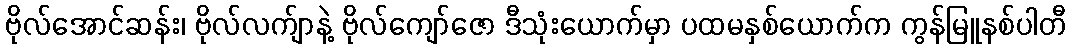
ဗိုလ်အောင်ဆန်း၊ ဗိုလ်လက်ျာနဲ့ ဗိုလ်ကျော်ဇော ဒီသုံးယောက်မှာ ပထမနှစ်ယောက်က ကွန်မြူနစ်ပါတီ